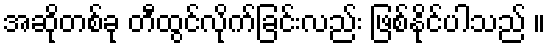
အဆိုတစ်ခု တီထွင်လိုက်ခြင်းလည်း ဖြစ်နိုင်ပါသည် ။